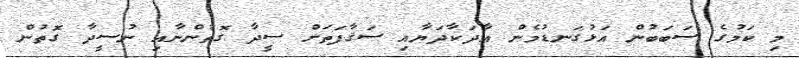
މި ކަމުގެ ސަބަބުން އަޅުގަނޑުމެން އާދަކާދަޔާއި ސަޤާފަތަށް ސީދާ ގޮތުންނާއި ނުސީދާ ގޮތުން